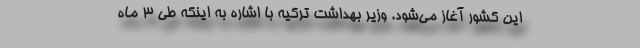
این کشور آغاز می‌شود. وزیر بهداشت ترکیه با اشاره به اینکه طی 3 ماه